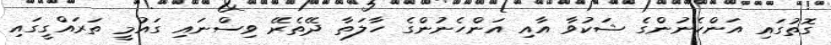
ގޮތުގައި އަންހެނުންގެ ޝަކުވާ އާއި އަންހެނުންގެ ހާލަތާ ދޭތެރޭ ވިސްނައި ގައުމީ ތަރައްގީގައި